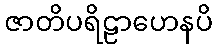
ဇာတိပရိဠာဟေနပိ